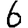
Digit: 6